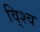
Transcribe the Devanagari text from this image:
वि्श्व